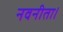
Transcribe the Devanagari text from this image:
नवनीता।